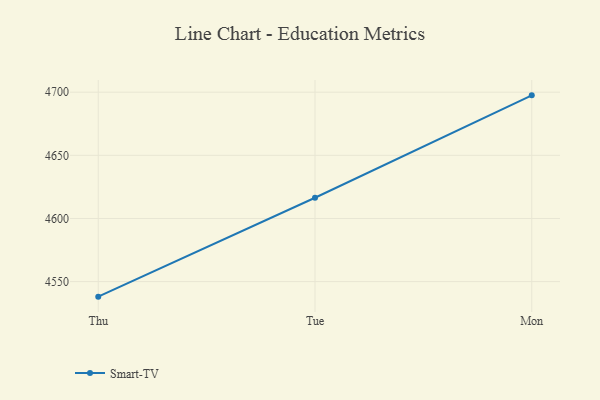
{"axis": {"x": "Day", "y": "Customer Acquisition Cost (USD)"}, "legend": ["Smart-TV"], "data": [{"x": "Thu", "y": 4538.1, "type": "Smart-TV"}, {"x": "Tue", "y": 4616.4, "type": "Smart-TV"}, {"x": "Mon", "y": 4697.5, "type": "Smart-TV"}]}